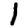
Digit: 1